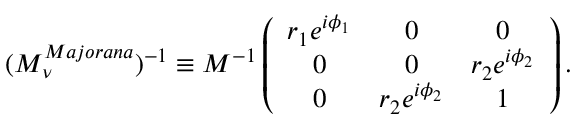
( M _ { \nu } ^ { M a j o r a n a } ) ^ { - 1 } \equiv M ^ { - 1 } \left( \begin{array} { c c c } { { r _ { 1 } e ^ { i \phi _ { 1 } } } } & { { 0 } } & { { 0 \strut } } \\ { { 0 } } & { { 0 } } & { { r _ { 2 } e ^ { i \phi _ { 2 } } \strut } } \\ { { 0 } } & { { r _ { 2 } e ^ { i \phi _ { 2 } } } } & { { 1 } } \end{array} \right) .